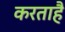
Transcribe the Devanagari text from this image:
करताहै